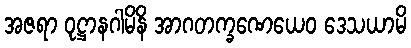
အဇရာ ဝုဋ္ဌာနဂါမိနိ အာဂတက္ခဏေယေဝ ဒေသယာမိ